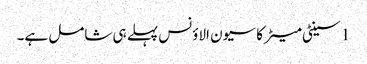
1 سینٹی میٹر کا سیون الاؤنس پہلے ہی شامل ہے۔